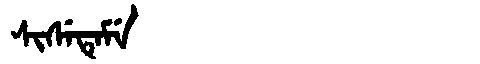
Manchu: ᠰᡳᠰᡝᡨᡝᠮᡝ
Romanization: SISETEME